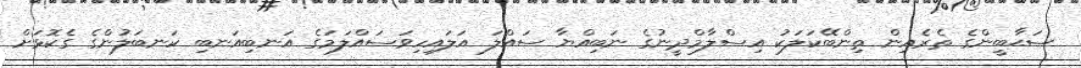
ޞަޙާބީންގެ ތެރެއިން ތިންބޭކަލަކު އިސްލާމްދީނުގެ ނަބިއްޔާ ސައްލަ އަލައިހިވަސައްލަމަގެ އަނބިއަނބި ކަނބަލުންގެ ގެކޮޅަށް